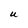
Character: U